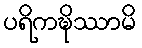
ပရိကဍ္ဎိဿာမိ